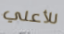
للأعلي